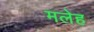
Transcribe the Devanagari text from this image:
मलेह